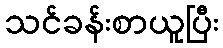
သင်ခန်းစာယူပြီး